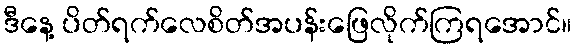
ဒီနေ့ ပိတ်ရက်လေစိတ်အပန်းဖြေလိုက်ကြရအောင်။